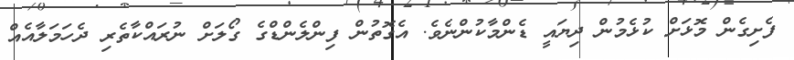
ފެށިގެން މޮޅަށް ކުޅެމުން ދިޔައީ ޑެންމާކުންނެވެ. އެގޮތުން ފިންލެންޑްގެ ގޯލަށް ނުރައްކާތެރި ދެހަމަލާއެއް